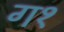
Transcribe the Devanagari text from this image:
ग१